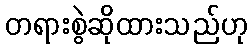
တရားစွဲဆိုထားသည်ဟု